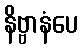
နိဗ္ဗာနံပေ